Burma Government Medical School reports 1907-22
Year: 1907
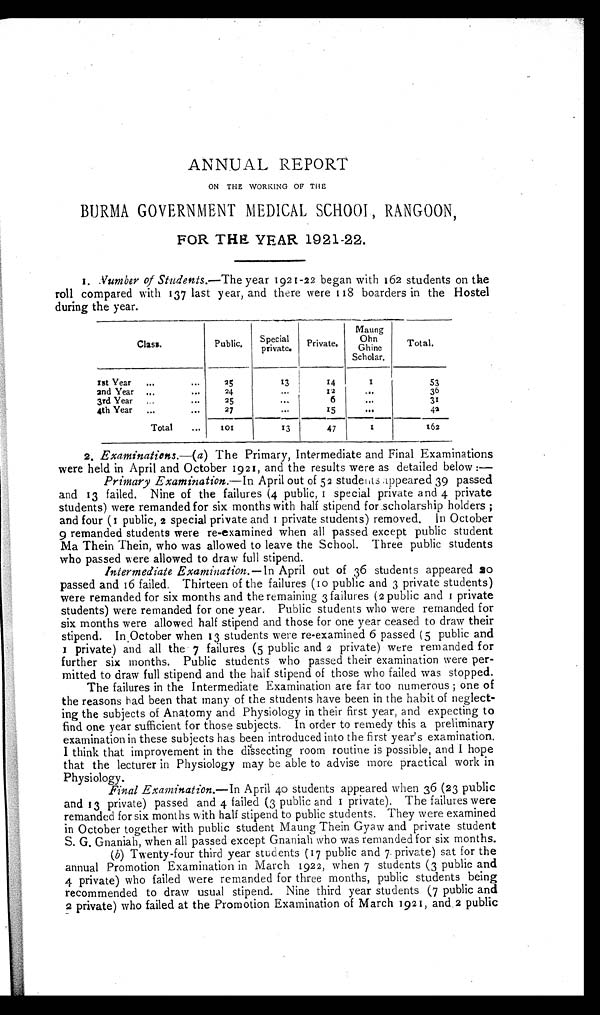
ANNUAL REPORT
ON THE WORKING OF THE
BURMA GOVERNMENT MEDICAL SCHOOL, RANGOON,
FOR THE YEAR 1921-22.
1. Number of Students.—The year 1921-22 began with 162 students on the
roll compared with 137 last year, and there were 118 boarders in the Hostel
during the year.
Class.
Public.
Special
private.
Private.
Maung
Ohn
Ghine
Scholar.
Total.
1st Year . . .
25
13
1 4
1
53
2nd Year . . .
24
. . . 12
. . .
36
3rd Year . . .
25
. . . 6
. . .
31
4th Year . . .
27
. . . 15
. . .
4 2
Total . . .
1 0 1
13
47
1
162
2.
Examinations.—( a) The Primary, Intermediate and Final Examinations
were held in April and October 1921, and the results were as detailed below:—
Primary Examination.— In April out of 52 students appeared 39 passed
and 13 failed, Nine of the failures (4 public, 1 special private and 4 private
students) were remanded for six months with half stipend for scholarship holders;
and four (I public, 2 special private and I private students) removed. In October
9 remanded students were re-examined when all passed except public student
Ma Thein Thein, who was allowed to leave the School. Three public students
who passed were allowed to draw full stipend.
Intermediate Examination.— In April out of 36 students appeared 20
passed and 16 failed. Thirteen of the failures (10 public and 3 private students)
were remanded for six months and the remaining 3 failures (2 public and 1 private
students) were remanded for one year. Public students who were remanded for
six months were allowed half stipend and those for one year ceased to draw their
stipend. In October when 13 students were re-examined 6 passed (5 public and
1 p r i v a t e ) a n d a l l t h e
7 f a i l u r e s ( 5 p u b l i c a n d
2 p r i v a t e ) w e r e r e m a n d e d f o r
further six months. Public students who passed their examination were per
- m i t t e d t o d r a w f u l l s t i p e n d a n d t h e h a l f s t i p e n d o f t h o s e w h o f a i l e d w a s s t o p p e d .
The failures in the Intermediate Examination are far too numerous; one of
the reasons had been that many of the students have been in the habit of neglect
- i n g t h e s u b j e c t s o f A n a t o m y a n d P h y s i o l o g y i n t h e i r f i r s t y e a r , a n d e x p e c t i n g t o
find one year sufficient for those subjects. In order to remedy this a preliminary
examination in these subjects has been introduced into the first year's examination.
I think that improvement in the dissecting room routine is possible, and I hope
that the lecturer in Physiology may be able to advise more practical work in
Physiology.
Final Examination.— In April 40 students appeared when 36 (23 public
and 13 private) passed and 4 failed (3 public and 1 private). The failures were
remanded for six months with half stipend to public students. They were examined
in October together with public student Maung Thein Gyaw and private student
S. G. Gnaniah, when all passed except Gnaniah who was remanded for six months.
(b) Twenty-four third year students (17 public and 7 private) sat for the
annual Promotion Examination in March 1922, when 7 students (3 public and
4 private) who failed were remanded for three months, public students being
recommended to draw usual stipend. Nine third year students (7 public and
2 private) who failed at the Promotion Examination of March 1921, and 2 public